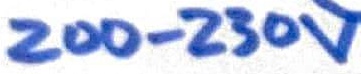
Text: 200-230V